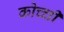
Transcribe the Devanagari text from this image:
कोच्‍ची